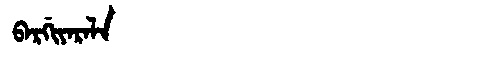
Manchu: ᠪᠠᡵᡤᡳᠶᠠᡵᠠᠯᠠ
Romanization: BARGIYARALA